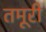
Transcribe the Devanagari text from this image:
तमूरी